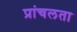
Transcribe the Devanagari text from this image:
प्रांचलता